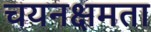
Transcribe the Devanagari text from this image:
चयनक्षमता